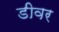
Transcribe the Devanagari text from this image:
डीवर